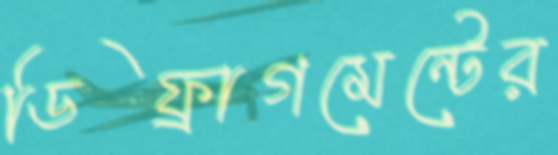
ডিফ্রাগমেন্টের